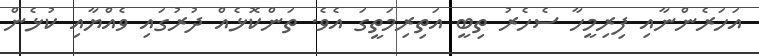
އަހަރެންނާއި ފިރިމީހާ ސެހެރު ތިބީ އަތިރިމަތީގަ އެވެ. ތަންކޮޅެއް ދުރުގައި ވެއްޔާއި ކުޅެން